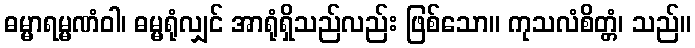
ဓမ္မာရမ္မဏံဝါ၊ ဓမ္မရုံလျှင် အာရုံရှိသည်လည်း ဖြစ်သော။ ကုသလံစိတ္တံ၊ သည်။